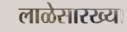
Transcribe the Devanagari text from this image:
लाळेसारख्या